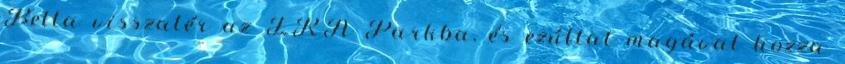
Bella visszatér az ERA Parkba, és ezúttal magával hozza